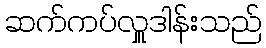
ဆက်ကပ်လှူဒါန်းသည်